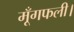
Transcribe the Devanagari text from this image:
मूँगफली।